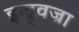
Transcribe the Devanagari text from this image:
इन्द्र्वज्रा